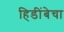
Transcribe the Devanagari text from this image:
हिडींबेचा